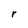
Character: r